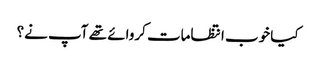
کیا خوب انتظامات کروائے تھے آپ نے؟